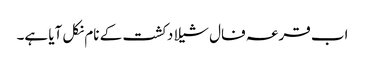
اب قرعہ فال شیلا دکشت کے نام نکل آیا ہے۔